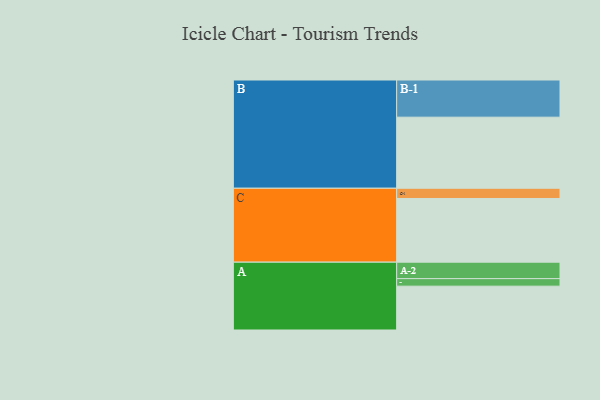
{"axis": {"x": "Segment", "y": "Value"}, "legend": ["", "A", "B", "C"], "data": [{"x": "A", "y": 309, "type": ""}, {"x": "B", "y": 501, "type": ""}, {"x": "C", "y": 449, "type": ""}, {"x": "A-1", "y": 53, "type": "A"}, {"x": "A-2", "y": 116, "type": "A"}, {"x": "B-1", "y": 262, "type": "B"}, {"x": "C-1", "y": 72, "type": "C"}]}